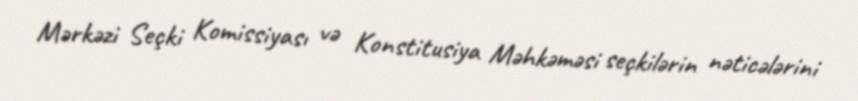
Mərkəzi Seçki Komissiyası və Konstitusiya Məhkəməsi seçkilərin nəticələrini